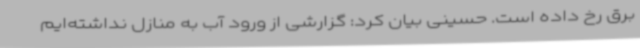
برق رخ داده است. حسینی بیان کرد: گزارشی از ورود آب به منازل نداشته‌ایم